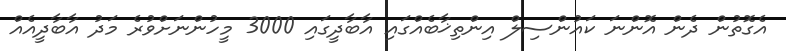
އެގޮތުން ދެން އޮންނަ ކައުންސިލް އިންތިޚާބެއްގައި އާބާދީގައި 3000 މީހުންނަށްވުރެ މަދު އާބާދީއެއް